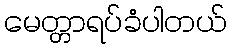
မေတ္တာရပ်ခံပါတယ်